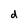
Character: d